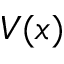
V ( x )